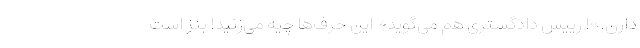
دارن.»! رییس دادگستری هم می‌گوید« این حرف‌ها چیه می‌زنید! بنز است